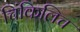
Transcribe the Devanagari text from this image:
चिंकिलिच